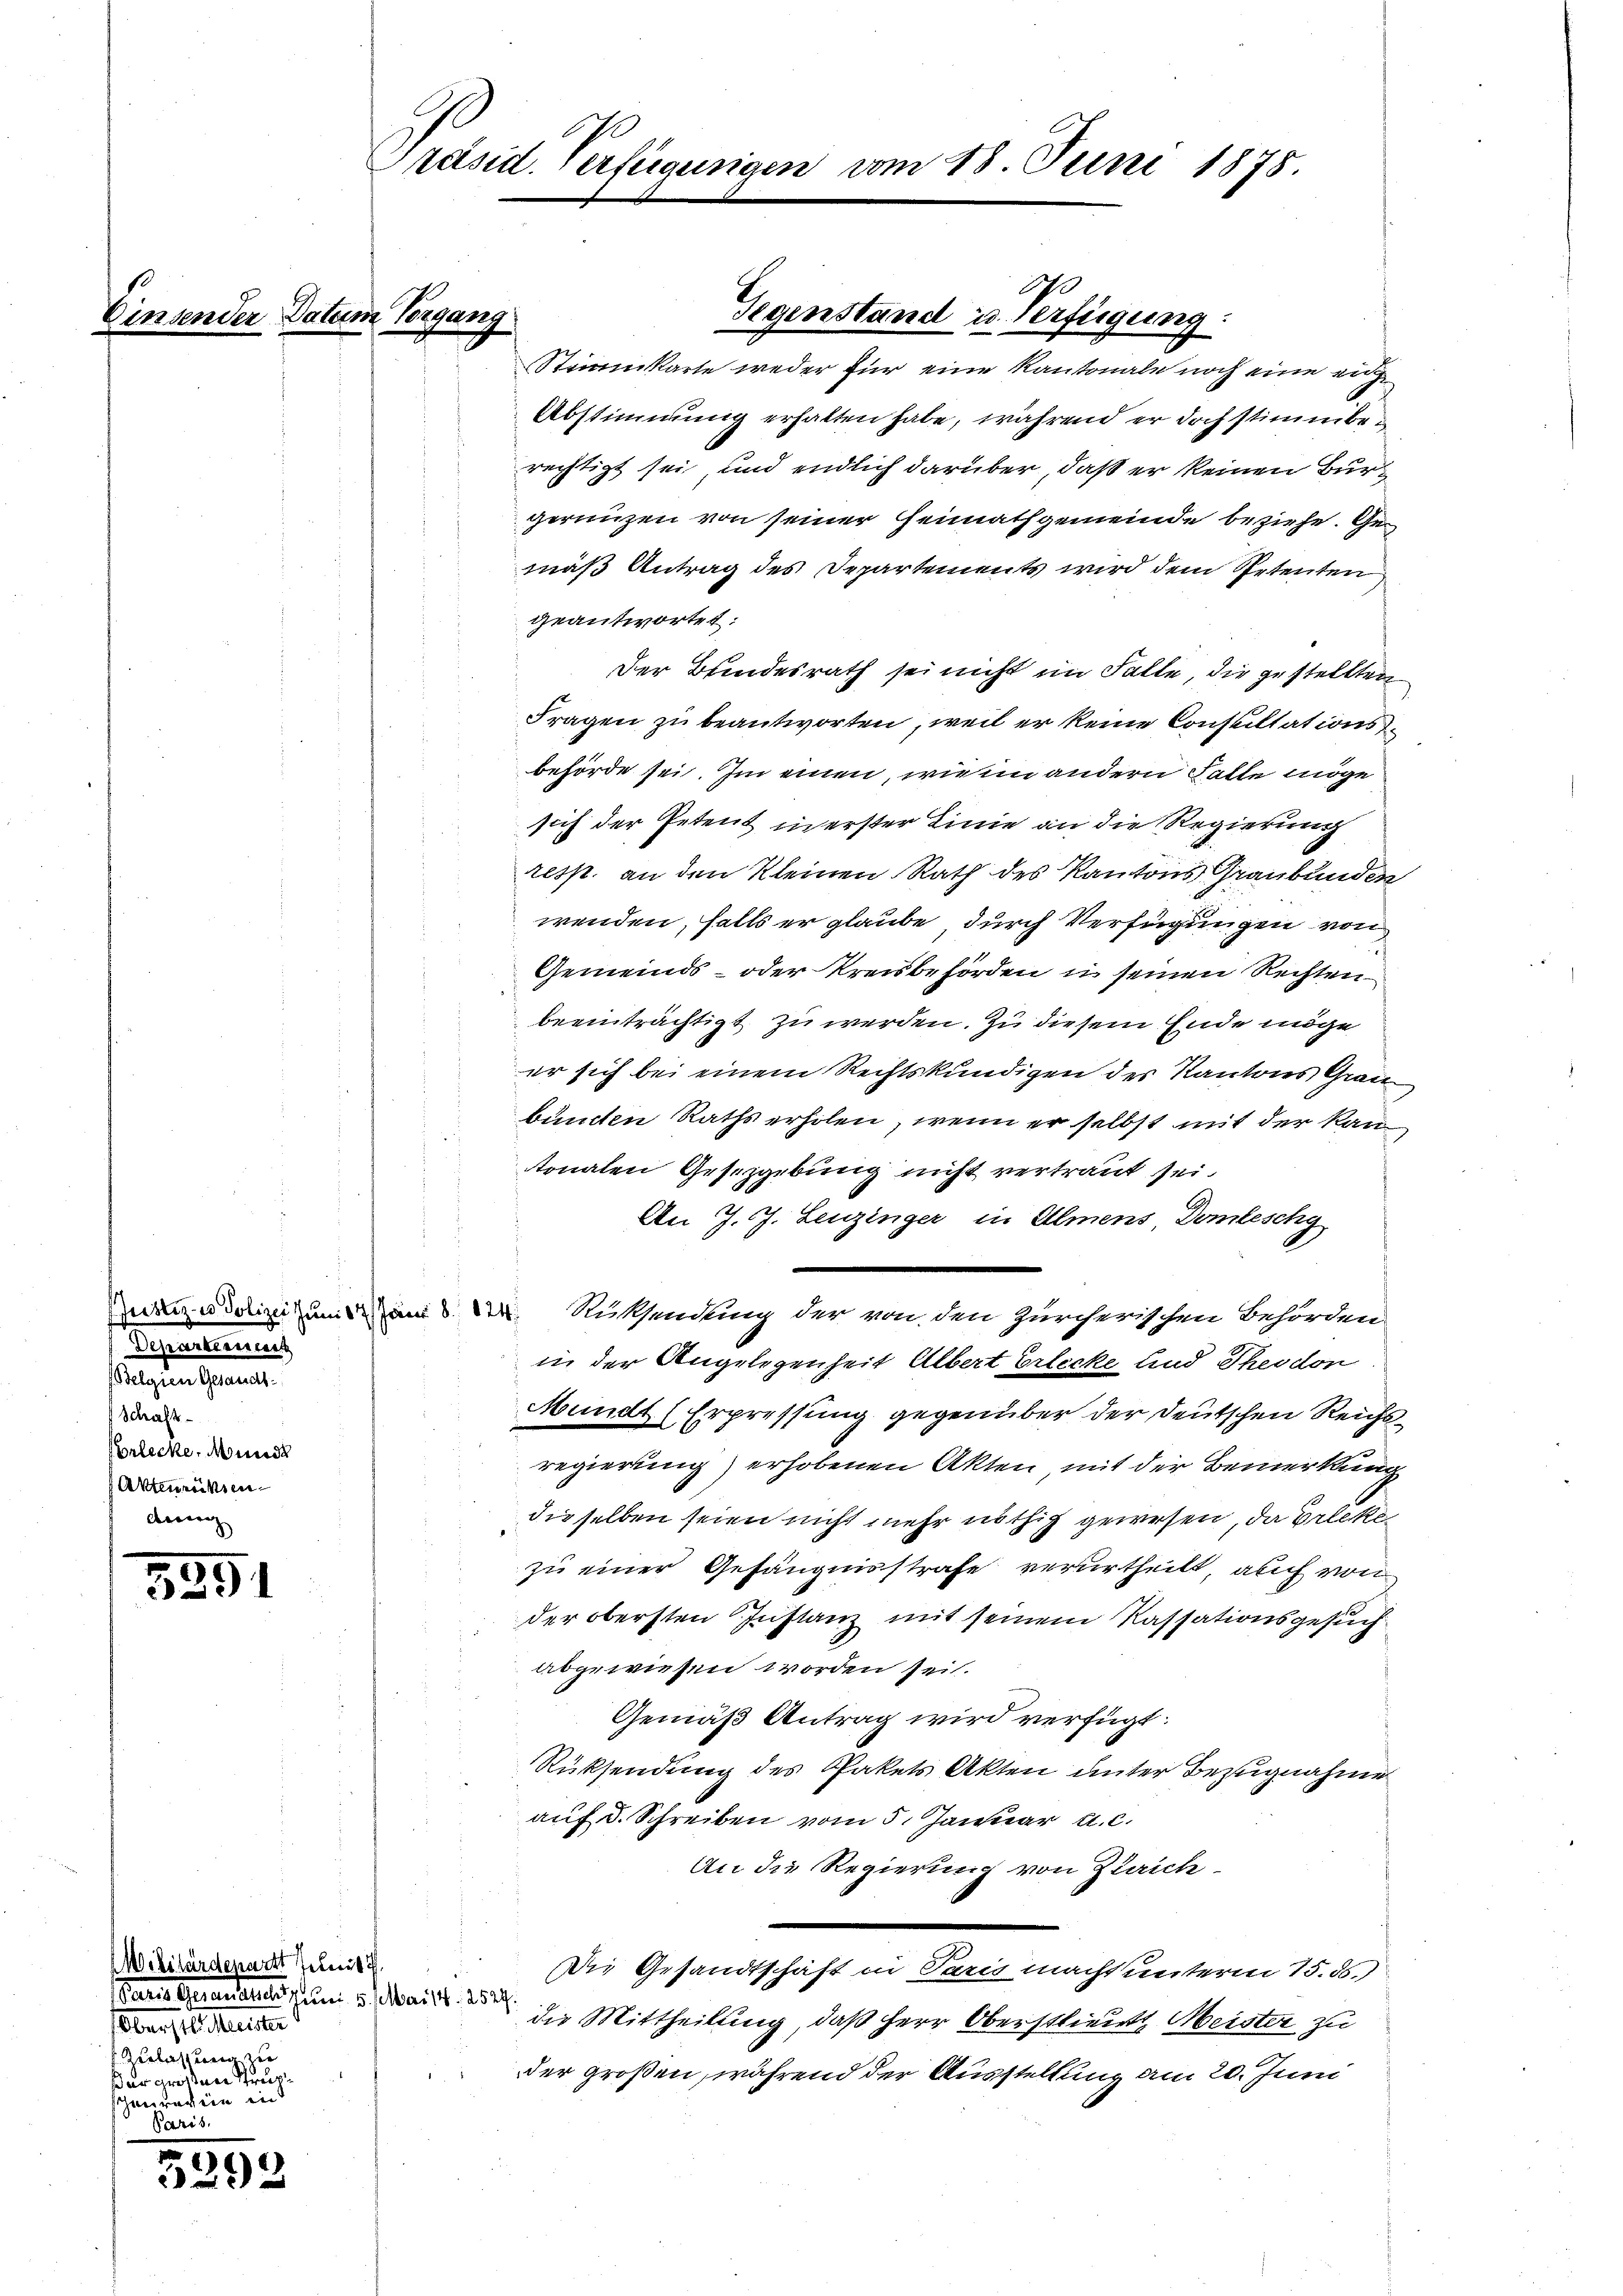
Venne

5351

3292

Präsid. Verfügungen

er Datum Vorgang

Separtemen

Schaft
Brlecke, Mund
Aktenrücksen
devang

Wilitärdepart teleis
Gares Gesandten Juni v. Mai 1. 257
barste Meister
Zerlassung der
der großen Strupscapitalien und

Gegenstand u. Verfügung:

m 18. Juni 1875.

Stimmkarte weder für eine Kantonale noch eine eidge
Abstimmung erhalten habe, während er doch stimmberechtigt sei, und endlich darüber, daß er keinen Bur
gerungen von seiner Heimathgemeinde beziehe. Gemäß Antrag des Departements wird dem Spetenten
geantwortet:
Der Bundesrath sei nicht im Falle, die gestellten
Fragen zu beantworten, weil er keine Consultations
behörde sei. Im einen, wie ein andern Falle möge
sich der Petent in erster Linie an die Regierung
resp. an den Kleinen Rath des Kantons Graubünden
wenden, falls er glaube durch Verfügungen von
Gemeinds- oder Kreisbehörden u seinen Rechtenbeeinträchtigt zu werden. Zu diesem Ende möge
er sich bei einem Rechtskundigen der Kantons Grau
bünden Raths erholen, wenn er selbst mit der kan
tonalen Gesetzgebung nicht vertraut sei.
An J. J. Leuzinger in Almens, Domleschy
madolinium am Rücksendung der von den zürcherischen Behörden
in der Angelegenheit Albert Erlecke und Theodon
Mundt (Erpressung gegenüber der Deutschen Reichsregierung) erhobenen Akten mit der Bemerkung
dieselben seien nicht mehr nöthig gewesen, da Erleke
zu einer Gefängnisstrafe verurtheilt, auch von
der obersten Instanz mit seinem Kassationsgesuch
abgewiesen worden sei.
Gemäß Antrag wird verfügt:
Rücksendung des Pakets Akten unter Bezugnahme
auf d. Schreiben vom 5. Januar a.c.
An die Regierung von Gleich
Die Gesandtschaft in Paris macht unterm 15. ds.)
die Mittheilung, daß Herr Oberstlieutt Meister zu
der großen, während der Ausstellung am 20. Juni